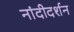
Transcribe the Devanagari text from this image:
नांदीदर्शन